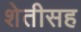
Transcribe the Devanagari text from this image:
शेतीसह